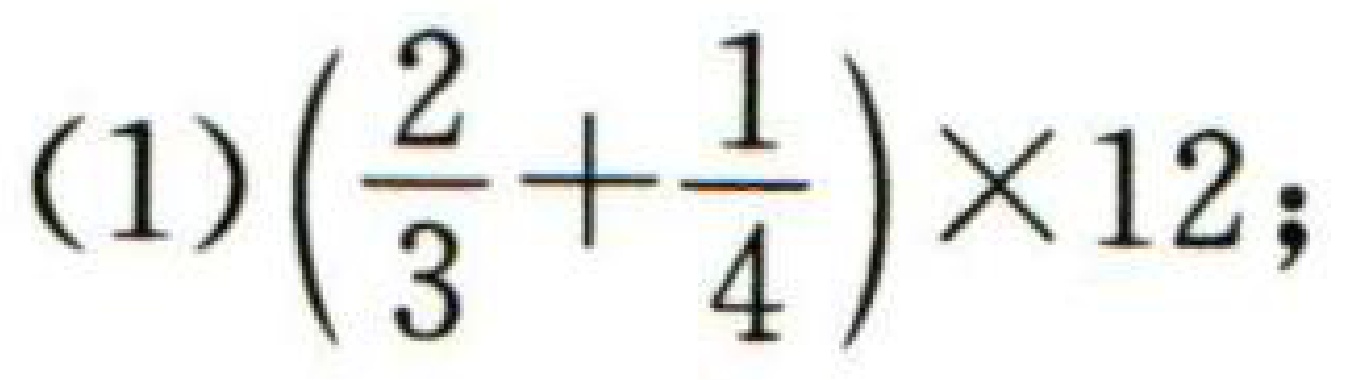
$(1)\left(\dfrac{2}{3}+\dfrac{1}{4}\right)\times 12;$